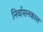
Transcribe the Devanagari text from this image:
निर्वासनकाल